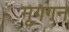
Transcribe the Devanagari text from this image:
मृगगन